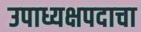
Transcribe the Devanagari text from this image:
उपाध्यक्षपदाचा